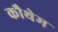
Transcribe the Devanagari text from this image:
कौथेम